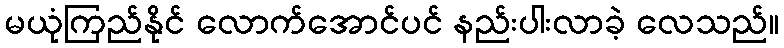
မယုံကြည်နိုင် လောက်အောင်ပင် နည်းပါးလာခဲ့ လေသည်။